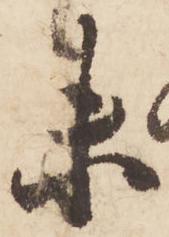
未